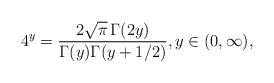
LaTeX: \begin{align*} 4^y = \frac{2 \sqrt{\pi} \, \Gamma(2y)}{\Gamma(y) \Gamma(y + 1/2)}, y\in (0,\infty), \end{align*}